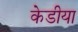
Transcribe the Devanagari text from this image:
केडीया